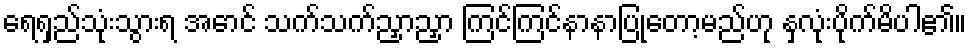
ရေရှည်သုံးသွားရ အောင် သက်သက်ညှာညှာ ကြင်ကြင်နာနာပြုတော့မည်ဟု နှလုံးပိုက်မိပါ၏။